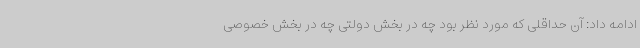
ادامه داد: آن حداقلی که مورد نظر بود چه در بخش دولتی چه در بخش خصوصی